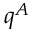
q ^ { A }